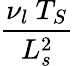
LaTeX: \frac{\nu_{l}~T_{S}}{L_{s}^{2}}